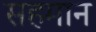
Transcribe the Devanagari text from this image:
सहमान